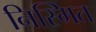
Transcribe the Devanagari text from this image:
निस्मित